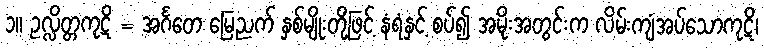
၁။ ဥလ္လိတ္တကုဋိ = အင်္ဂတေ မြေညက် နှစ်မျိုးတို့ဖြင့် နံရံနှင့် စပ်၍ အမိုးအတွင်းက လိမ်းကျံအပ်သောကုဋိ၊